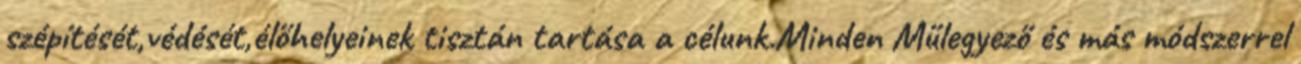
szépítését,védését,élőhelyeinek tisztán tartása a célunk.Minden Műlegyező és más módszerrel